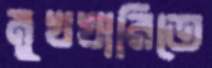
মুখখানিতে